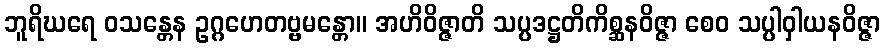
ဘူရိဃရေ ဝသန္တေန ဥဂ္ဂဟေတဗ္ဗမန္တော။ အဟိဝိဇ္ဇာတိ သပ္ပဒဋ္ဌတိကိစ္ဆနဝိဇ္ဇာ စေဝ သပ္ပါဝှါယနဝိဇ္ဇာ